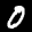
Label: 0